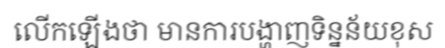
លើកឡើងថា មានការបង្ហាញទិន្នន័យខុស